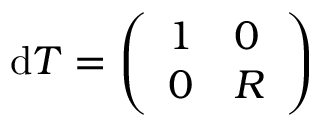
\mathrm { d } T = \left( \begin{array} { l l } { 1 } & { 0 } \\ { 0 } & { R } \end{array} \right)